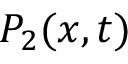
P _ { 2 } ( x , t )